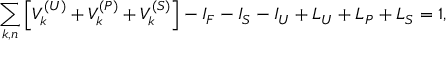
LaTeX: \sum _ { k , n } \left[ V _ { k } ^ { ( U ) } + V _ { k } ^ { ( P ) } + V _ { k } ^ { ( S ) } \right] - I _ { F } - I _ { S } - I _ { U } + L _ { U } + L _ { P } + L _ { S } = 1 ,